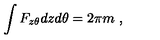
\int F _ { z \theta } d z d \theta = 2 \pi m \ ,